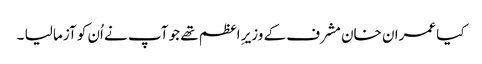
کیا عمران خان مشرف کے وزیرِ اعظم تھے جو آپ نے اُن کو آزما لیا ۔